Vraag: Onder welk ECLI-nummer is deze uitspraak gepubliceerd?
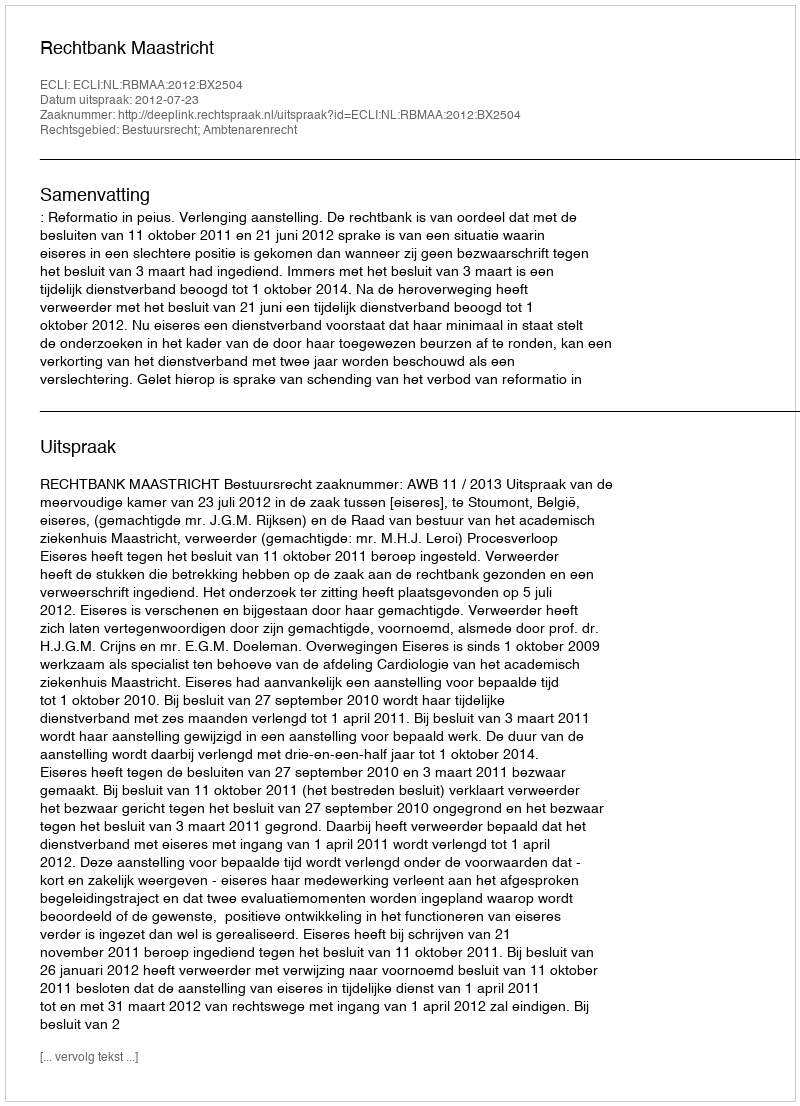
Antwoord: ECLI:NL:RBMAA:2012:BX2504